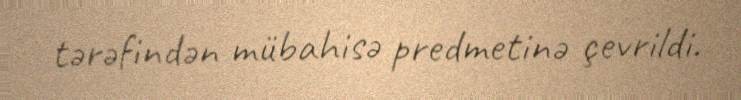
tərəfindən mübahisə predmetinə çevrildi.